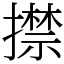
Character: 㩒